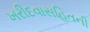
ખરીદવાસહિતની